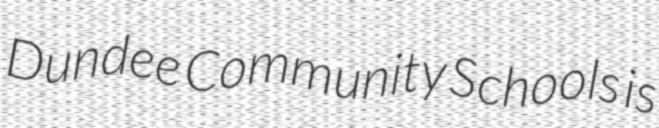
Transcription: Dundee Community Schools is